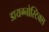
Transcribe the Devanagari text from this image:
डायग्नोस्टिक्स